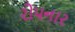
રોપનાર